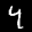
Label: 4